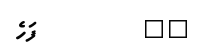
٧٠         ފަހެ